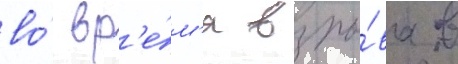
во́ вр'е́м'я взры́ва в